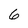
Character: 6